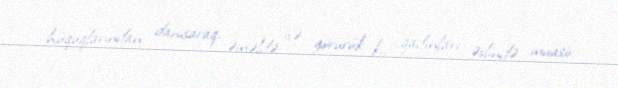
hüquqlarından danışaraq, əməldə isə görürük ki, qadınları əslində müasir